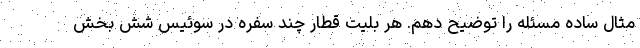
مثال ساده مسئله را توضیح دهم. هر بلیت قطار چند سفره در سوئیس شش بخش